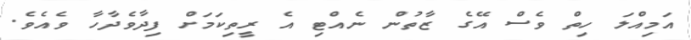
އަމިއްލަ ހިތް ވެސް އޭގެ ޒާތުން ނެއްޓި އެ ރީތިކަމަށް ފިދާވެދާހާ ވެއެވެ.